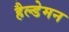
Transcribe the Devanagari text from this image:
हैल्डेमन